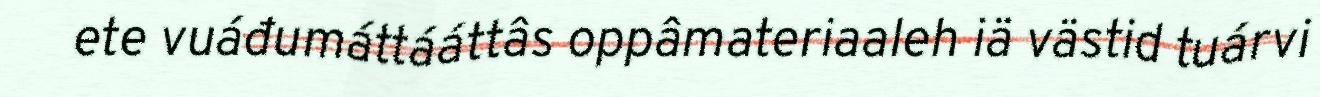
ete vuáđumáttááttâs oppâmateriaaleh iä västid tuárvi